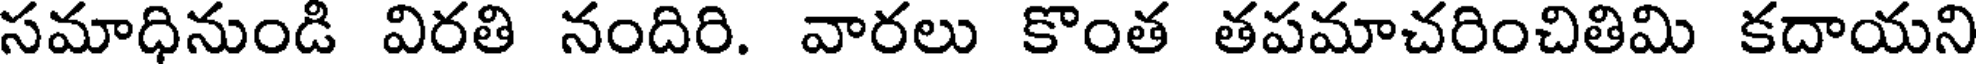
సమాధినుండి విరతి నందిరి. వారలు కొంత తపమాచరించితిమి కదాయని